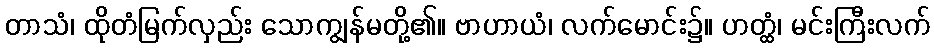
တာသံ၊ ထိုတံမြက်လှည်း သောကျွန်မတို့၏။ ဗာဟာယံ၊ လက်မောင်း၌။ ဟတ္ထံ၊ မင်းကြီးလက်